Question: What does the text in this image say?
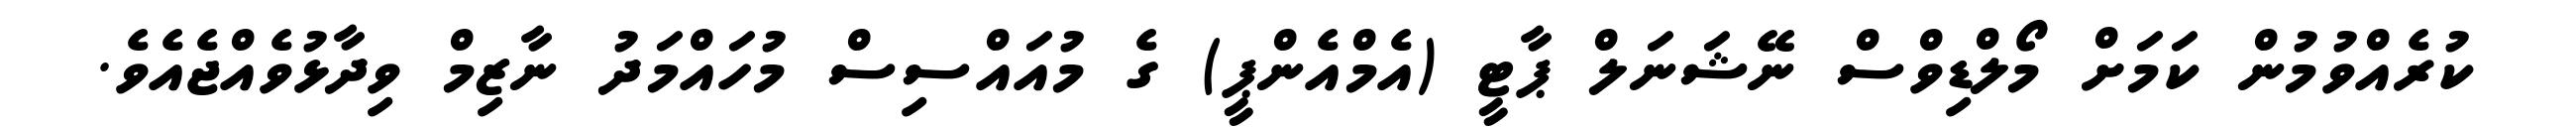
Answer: ކުރެއްވުމުން ކަމަށް މޯލްޑިވްސް ނޭޝަނަލް ޕާޓީ (އެމްއެންޕީ) ގެ މުއައްސިސް މުހައްމަދު ނާޒިމް ވިދާޅުވެއްޖެއެވެ.